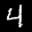
Label: 4